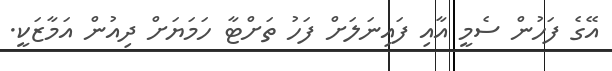
އޭގެ ފަހުން ސެމީ އާއި ފައިނަލަށް ފަހު ތަށްޓާ ހަމަޔަށް ދިއުން އަމާޒަކީ.